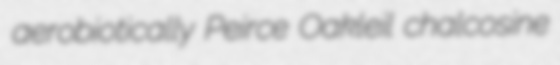
aerobiotically Peirce Oakleil chalcosine